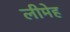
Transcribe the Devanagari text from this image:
लीमेह